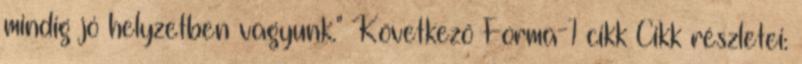
mindig jó helyzetben vagyunk." Következő Forma-1 cikk Cikk részletei: